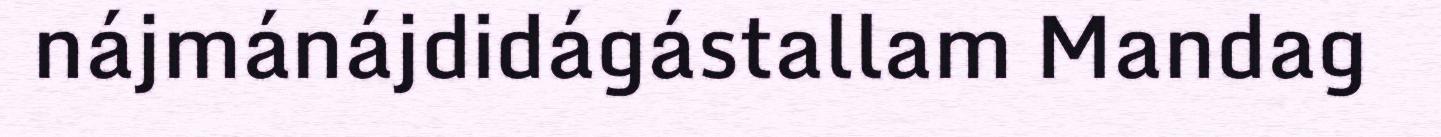
nájmánájdidágástallam Mandag